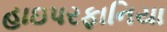
હાઇપરફાનિયા